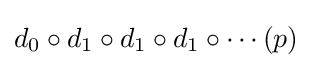
d_{0}\circ d_{1}\circ d_{1}\circ d_{1}\circ \cdots (p)